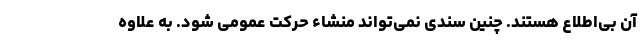
آن بی‌اطلاع هستند. چنین سندی نمی‌تواند منشاء حرکت عمومی شود. به علاوه